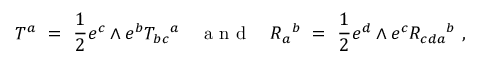
T ^ { a } \ = \ \frac 1 2 e ^ { c } \wedge e ^ { b } T _ { b c } { } ^ { a } { ~ ~ ~ \mathrm { ~ a ~ n ~ d ~ } ~ ~ ~ } R _ { a } { } ^ { b } \ = \ \frac 1 2 e ^ { d } \wedge e ^ { c } R _ { c d a } { } ^ { b } ~ ,